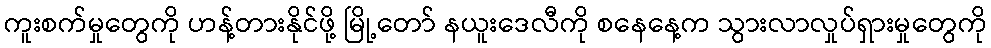
ကူးစက်မှုတွေကို ဟန့်တားနိုင်ဖို့ မြို့တော် နယူးဒေလီကို စနေနေ့က သွားလာလှုပ်ရှားမှုတွေကို